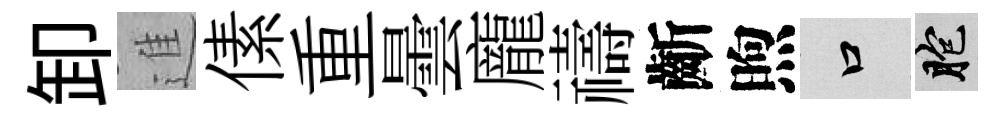
卸進傃重曇龐禱齗煦口胞